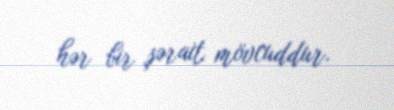
hər bir şərait mövcuddur.